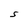
Character: S